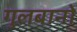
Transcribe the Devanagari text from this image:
गुलबानो